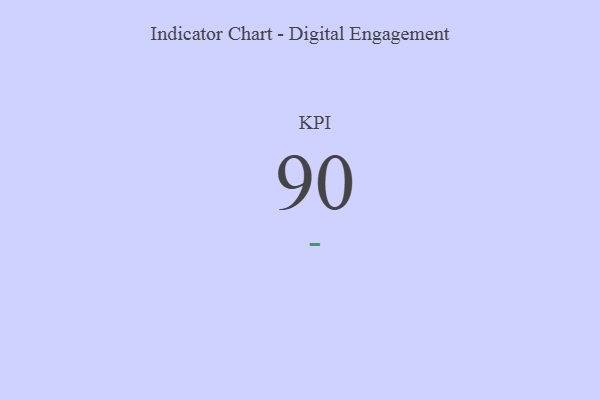
{"axis": {"x": "KPI", "y": "Value"}, "legend": [""], "data": [{"x": "KPI", "y": 90, "type": ""}]}